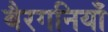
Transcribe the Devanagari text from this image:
बैरगनियाँ